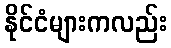
နိုင်ငံများကလည်း